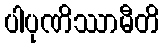
ပါပုဏိဿာမီတိ